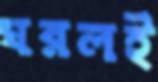
ঘরলই